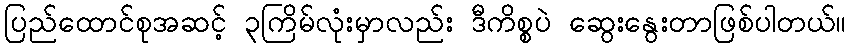
ပြည်ထောင်စုအဆင့် ၃ကြိမ်လုံးမှာလည်း ဒီကိစ္စပဲ ဆွေးနွေးတာဖြစ်ပါတယ်။